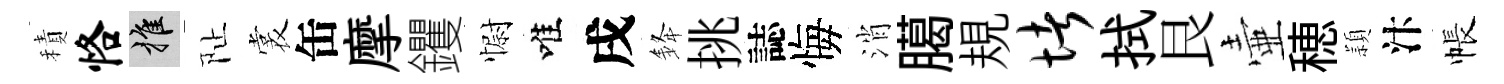
積恪推阯裳缶摩钁𢠢唯戌𨦟挑誌悔消臈規堵拭艮壷穂頴汴帳